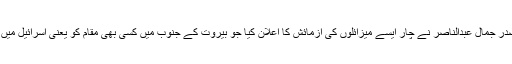
۱۹۶۲ء میں یہ خواب حقیقت میں بدلتا دکھائی دیا جب مصر کے صدر جمال عبدالناصر نے چار ایسے میزائلوں کی آزمائش کا اعلان کیا جو بیروت کے جنوب میں کسی بھی مقام کو یعنی اسرائیل میں کسی بھی مقام کو نشانہ بنانے کی بھرپور صلاحیت رکھتے تھے۔